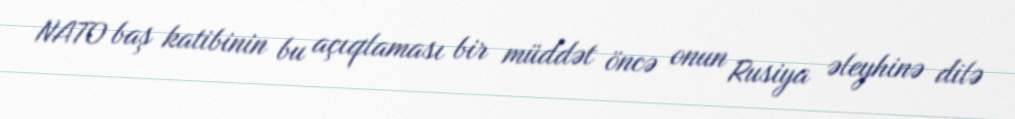
NATO baş katibinin bu açıqlaması bir müddət öncə onun Rusiya əleyhinə dilə